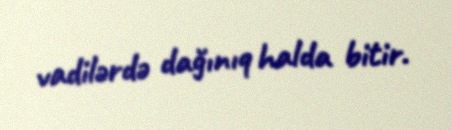
vadilərdə dağınıq halda bitir.